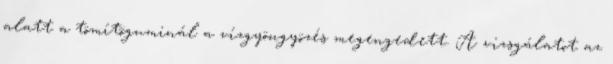
alatt a tömítõguminál a vízgyöngyözés megengedett. A vizsgálatot az